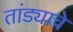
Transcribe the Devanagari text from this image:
तांड्याचे